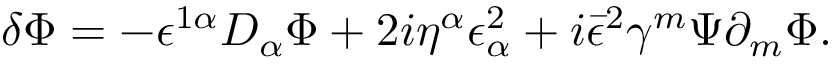
\delta \Phi = - \epsilon ^ { 1 \alpha } D _ { \alpha } \Phi + 2 i \eta ^ { \alpha } \epsilon _ { \alpha } ^ { 2 } + i \bar { \epsilon } ^ { 2 } \gamma ^ { m } \Psi \partial _ { m } \Phi .